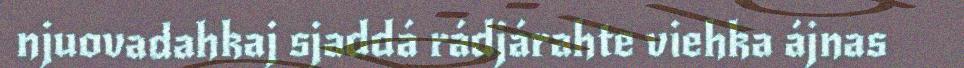
njuovadahkaj sjaddá rádjárahte viehka ájnas